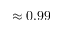
\approx 0 . 9 9